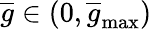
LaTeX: \overline{{g}}\in(0,\overline{{g}}_{\operatorname*{max}})